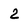
Character: 2